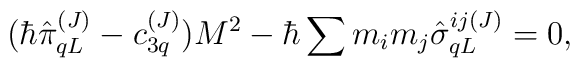
(\hbar \hat\pi_{qL}^{(J)} -  c_{3q}^{(J)}) M^2 - \hbar \sum m_i m_j \hat\sigma_{qL}^{ij(J)} =0,